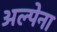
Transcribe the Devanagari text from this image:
अल्पेना